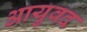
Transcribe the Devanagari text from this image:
आयुवद